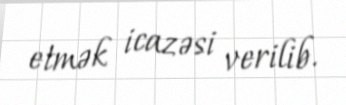
etmək icazəsi verilib.